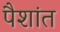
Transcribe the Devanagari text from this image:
पैशांत